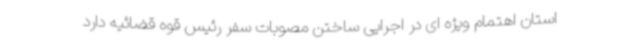
استان اهتمام ویژه ای در اجرایی ساختن مصوبات سفر رئیس قوه قضائیه دارد